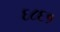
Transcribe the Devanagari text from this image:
६८६१